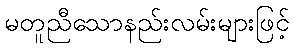
မတူညီသောနည်းလမ်းများဖြင့်